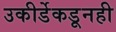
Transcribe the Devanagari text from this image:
उकीर्डेकडूनही